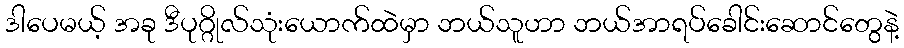
ဒါပေမယ့် အခု ဒီပုဂ္ဂိုလ်သုံးယောက်ထဲမှာ ဘယ်သူဟာ ဘယ်အာရပ်ခေါင်းဆောင်တွေနဲ့